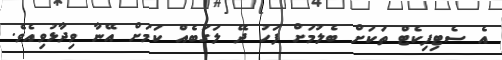
އެ ސެޓިފިކެޓް ތަކަށް ބެލުމަށް ފަހު ދޭ ލަގަބެއް ކަމަށް އޭނާ ވިދާޅުވިއެވެ.